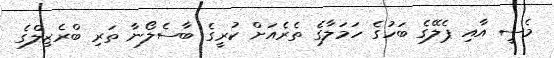
މެސީ އާއި ޕެލޭގެ ބަހުގެ ހަމަލާގެ ތެރެއަށް ކުރީގެ ބާސެލޯނާ ތަރި ބްރެޒިލްގެ